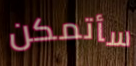
سأتمكن